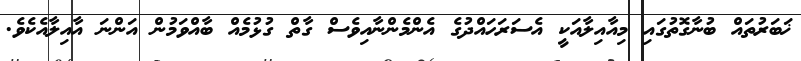
ޚަބަރުތައް ބުނާގޮތުގައި މިއާއިލާއަކީ އެސަރަހައްދުގެ އެންމެންނާއިވެސް ގާތް ގުޅުމެއް ބާއްވަމުން އަންނަ އާއިލާއެކެވެ.